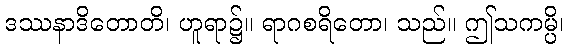
ဒဿနာဒိတောတိ၊ ဟူရာ၌။ ရာဂစရိတော၊ သည်။ ဤသကမ္ပိ၊